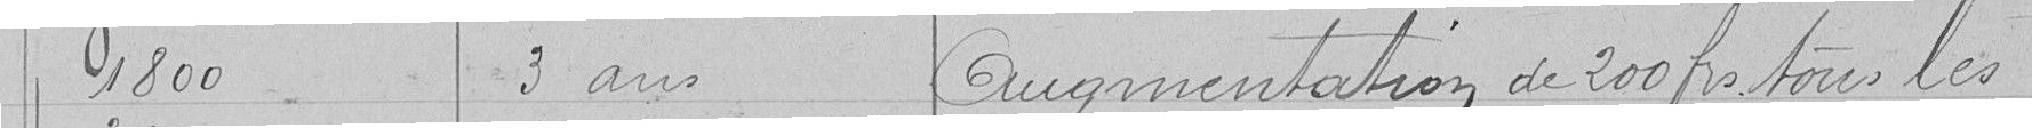
1800 3 ans Augmentation de 200 francs tous les